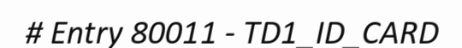
# Entry 80011 - TD1_ID_CARD